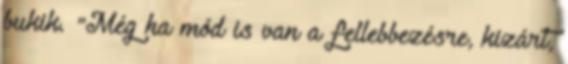
bukik. "Még ha mód is van a fellebbezésre, kizárt,